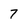
Character: 7